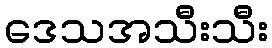
ဒေသအသီးသီး